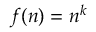
f ( n ) = n ^ { k }